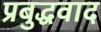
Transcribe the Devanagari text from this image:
प्रबुद्धवाद